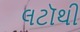
લટૉથી